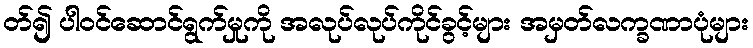
တ်၍ ပါဝင်ဆောင်ရွက်မှုကို အလုပ်လုပ်ကိုင်ခွင့်များ အမှတ်လက္ခဏာပုံများ